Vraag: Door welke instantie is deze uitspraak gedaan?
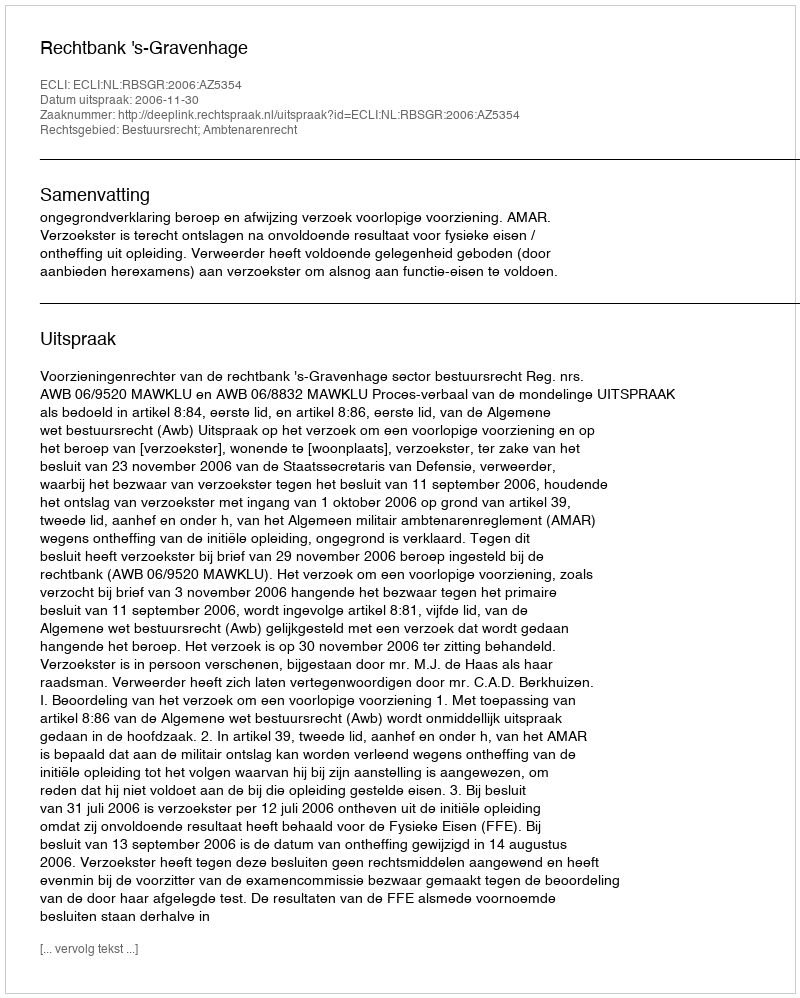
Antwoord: Rechtbank 's-Gravenhage